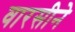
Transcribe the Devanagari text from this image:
वारसीने